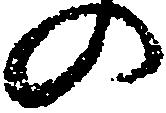
の